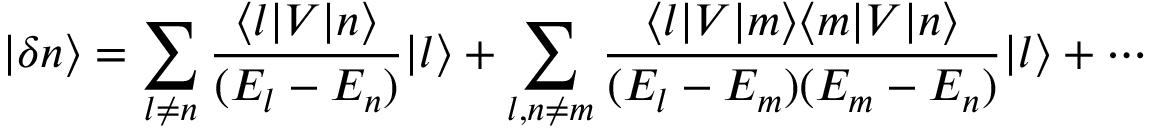
| \delta n \rangle = \sum _ { l \neq n } { \frac { \langle l | V | n \rangle } { ( E _ { l } - E _ { n } ) } } | l \rangle + \sum _ { l , n \neq m } { \frac { \langle l | V | m \rangle \langle m | V | n \rangle } { ( E _ { l } - E _ { m } ) ( E _ { m } - E _ { n } ) } } | l \rangle + \cdots